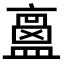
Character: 𥂶